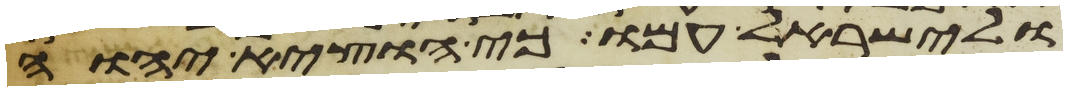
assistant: ולישראל עמו כי הוציא יהוה